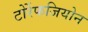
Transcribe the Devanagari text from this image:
टोर्रेफजियोन